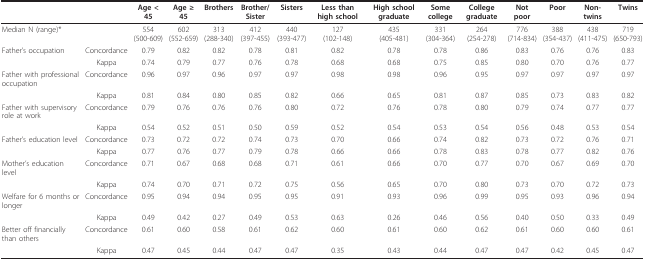
<table><thead><tr><td></td><td></td><td><b>Age &lt; 45</b></td><td><b>Age ≥ 45</b></td><td><b>Brothers</b></td><td><b>Brother/Sister</b></td><td><b>Sisters</b></td><td><b>Less than high school</b></td><td><b>High school graduate</b></td><td><b>Some college</b></td><td><b>College graduate</b></td><td><b>Not poor</b></td><td><b>Poor</b></td><td><b>Non-twins</b></td><td><b>Twins</b></td></tr></thead><tbody><tr><td>Median N (range)*</td><td></td><td>554(500-609)</td><td>602(552-659)</td><td>313(288-340)</td><td>412(397-455)</td><td>440(393-477)</td><td>127(102-148)</td><td>435(405-481)</td><td>331(304-364)</td><td>264(254-278)</td><td>776(714-834)</td><td>388(354-437)</td><td>438(411-475)</td><td>719(650-793)</td></tr><tr><td>Father&#x27;s occupation</td><td>Concordance</td><td>0.79</td><td>0.82</td><td>0.82</td><td>0.78</td><td>0.81</td><td>0.82</td><td>0.78</td><td>0.78</td><td>0.86</td><td>0.83</td><td>0.76</td><td>0.76</td><td>0.83</td></tr><tr><td></td><td>Kappa</td><td>0.74</td><td>0.79</td><td>0.77</td><td>0.76</td><td>0.78</td><td>0.68</td><td>0.68</td><td>0.75</td><td>0.85</td><td>0.80</td><td>0.70</td><td>0.76</td><td>0.77</td></tr><tr><td>Father with professional occupation</td><td>Concordance</td><td>0.96</td><td>0.97</td><td>0.96</td><td>0.97</td><td>0.97</td><td>0.98</td><td>0.98</td><td>0.96</td><td>0.95</td><td>0.97</td><td>0.97</td><td>0.97</td><td>0.97</td></tr><tr><td></td><td>Kappa</td><td>0.81</td><td>0.84</td><td>0.80</td><td>0.85</td><td>0.82</td><td>0.66</td><td>0.65</td><td>0.81</td><td>0.87</td><td>0.85</td><td>0.73</td><td>0.83</td><td>0.82</td></tr><tr><td>Father with supervisory role at work</td><td>Concordance</td><td>0.79</td><td>0.76</td><td>0.76</td><td>0.76</td><td>0.80</td><td>0.72</td><td>0.76</td><td>0.78</td><td>0.80</td><td>0.79</td><td>0.74</td><td>0.77</td><td>0.77</td></tr><tr><td></td><td>Kappa</td><td>0.54</td><td>0.52</td><td>0.51</td><td>0.50</td><td>0.59</td><td>0.52</td><td>0.54</td><td>0.53</td><td>0.54</td><td>0.56</td><td>0.48</td><td>0.53</td><td>0.54</td></tr><tr><td>Father&#x27;s education level</td><td>Concordance</td><td>0.73</td><td>0.72</td><td>0.72</td><td>0.74</td><td>0.73</td><td>0.70</td><td>0.66</td><td>0.74</td><td>0.82</td><td>0.73</td><td>0.72</td><td>0.76</td><td>0.71</td></tr><tr><td></td><td>Kappa</td><td>0.77</td><td>0.76</td><td>0.77</td><td>0.79</td><td>0.78</td><td>0.66</td><td>0.66</td><td>0.78</td><td>0.83</td><td>0.78</td><td>0.77</td><td>0.82</td><td>0.76</td></tr><tr><td>Mother&#x27;s education level</td><td>Concordance</td><td>0.71</td><td>0.67</td><td>0.68</td><td>0.68</td><td>0.71</td><td>0.61</td><td>0.66</td><td>0.70</td><td>0.77</td><td>0.70</td><td>0.67</td><td>0.69</td><td>0.70</td></tr><tr><td></td><td>Kappa</td><td>0.74</td><td>0.70</td><td>0.71</td><td>0.72</td><td>0.75</td><td>0.56</td><td>0.65</td><td>0.70</td><td>0.80</td><td>0.73</td><td>0.70</td><td>0.72</td><td>0.73</td></tr><tr><td>Welfare for 6 months or longer</td><td>Concordance</td><td>0.95</td><td>0.94</td><td>0.94</td><td>0.95</td><td>0.95</td><td>0.91</td><td>0.93</td><td>0.96</td><td>0.99</td><td>0.95</td><td>0.93</td><td>0.96</td><td>0.94</td></tr><tr><td></td><td>Kappa</td><td>0.49</td><td>0.42</td><td>0.27</td><td>0.49</td><td>0.53</td><td>0.63</td><td>0.26</td><td>0.46</td><td>0.56</td><td>0.40</td><td>0.50</td><td>0.33</td><td>0.49</td></tr><tr><td>Better off financially than others</td><td>Concordance</td><td>0.61</td><td>0.60</td><td>0.58</td><td>0.61</td><td>0.62</td><td>0.60</td><td>0.61</td><td>0.60</td><td>0.62</td><td>0.61</td><td>0.60</td><td>0.60</td><td>0.61</td></tr><tr><td></td><td>Kappa</td><td>0.47</td><td>0.45</td><td>0.44</td><td>0.47</td><td>0.47</td><td>0.35</td><td>0.43</td><td>0.44</td><td>0.47</td><td>0.47</td><td>0.42</td><td>0.45</td><td>0.47</td></tr></tbody></table>